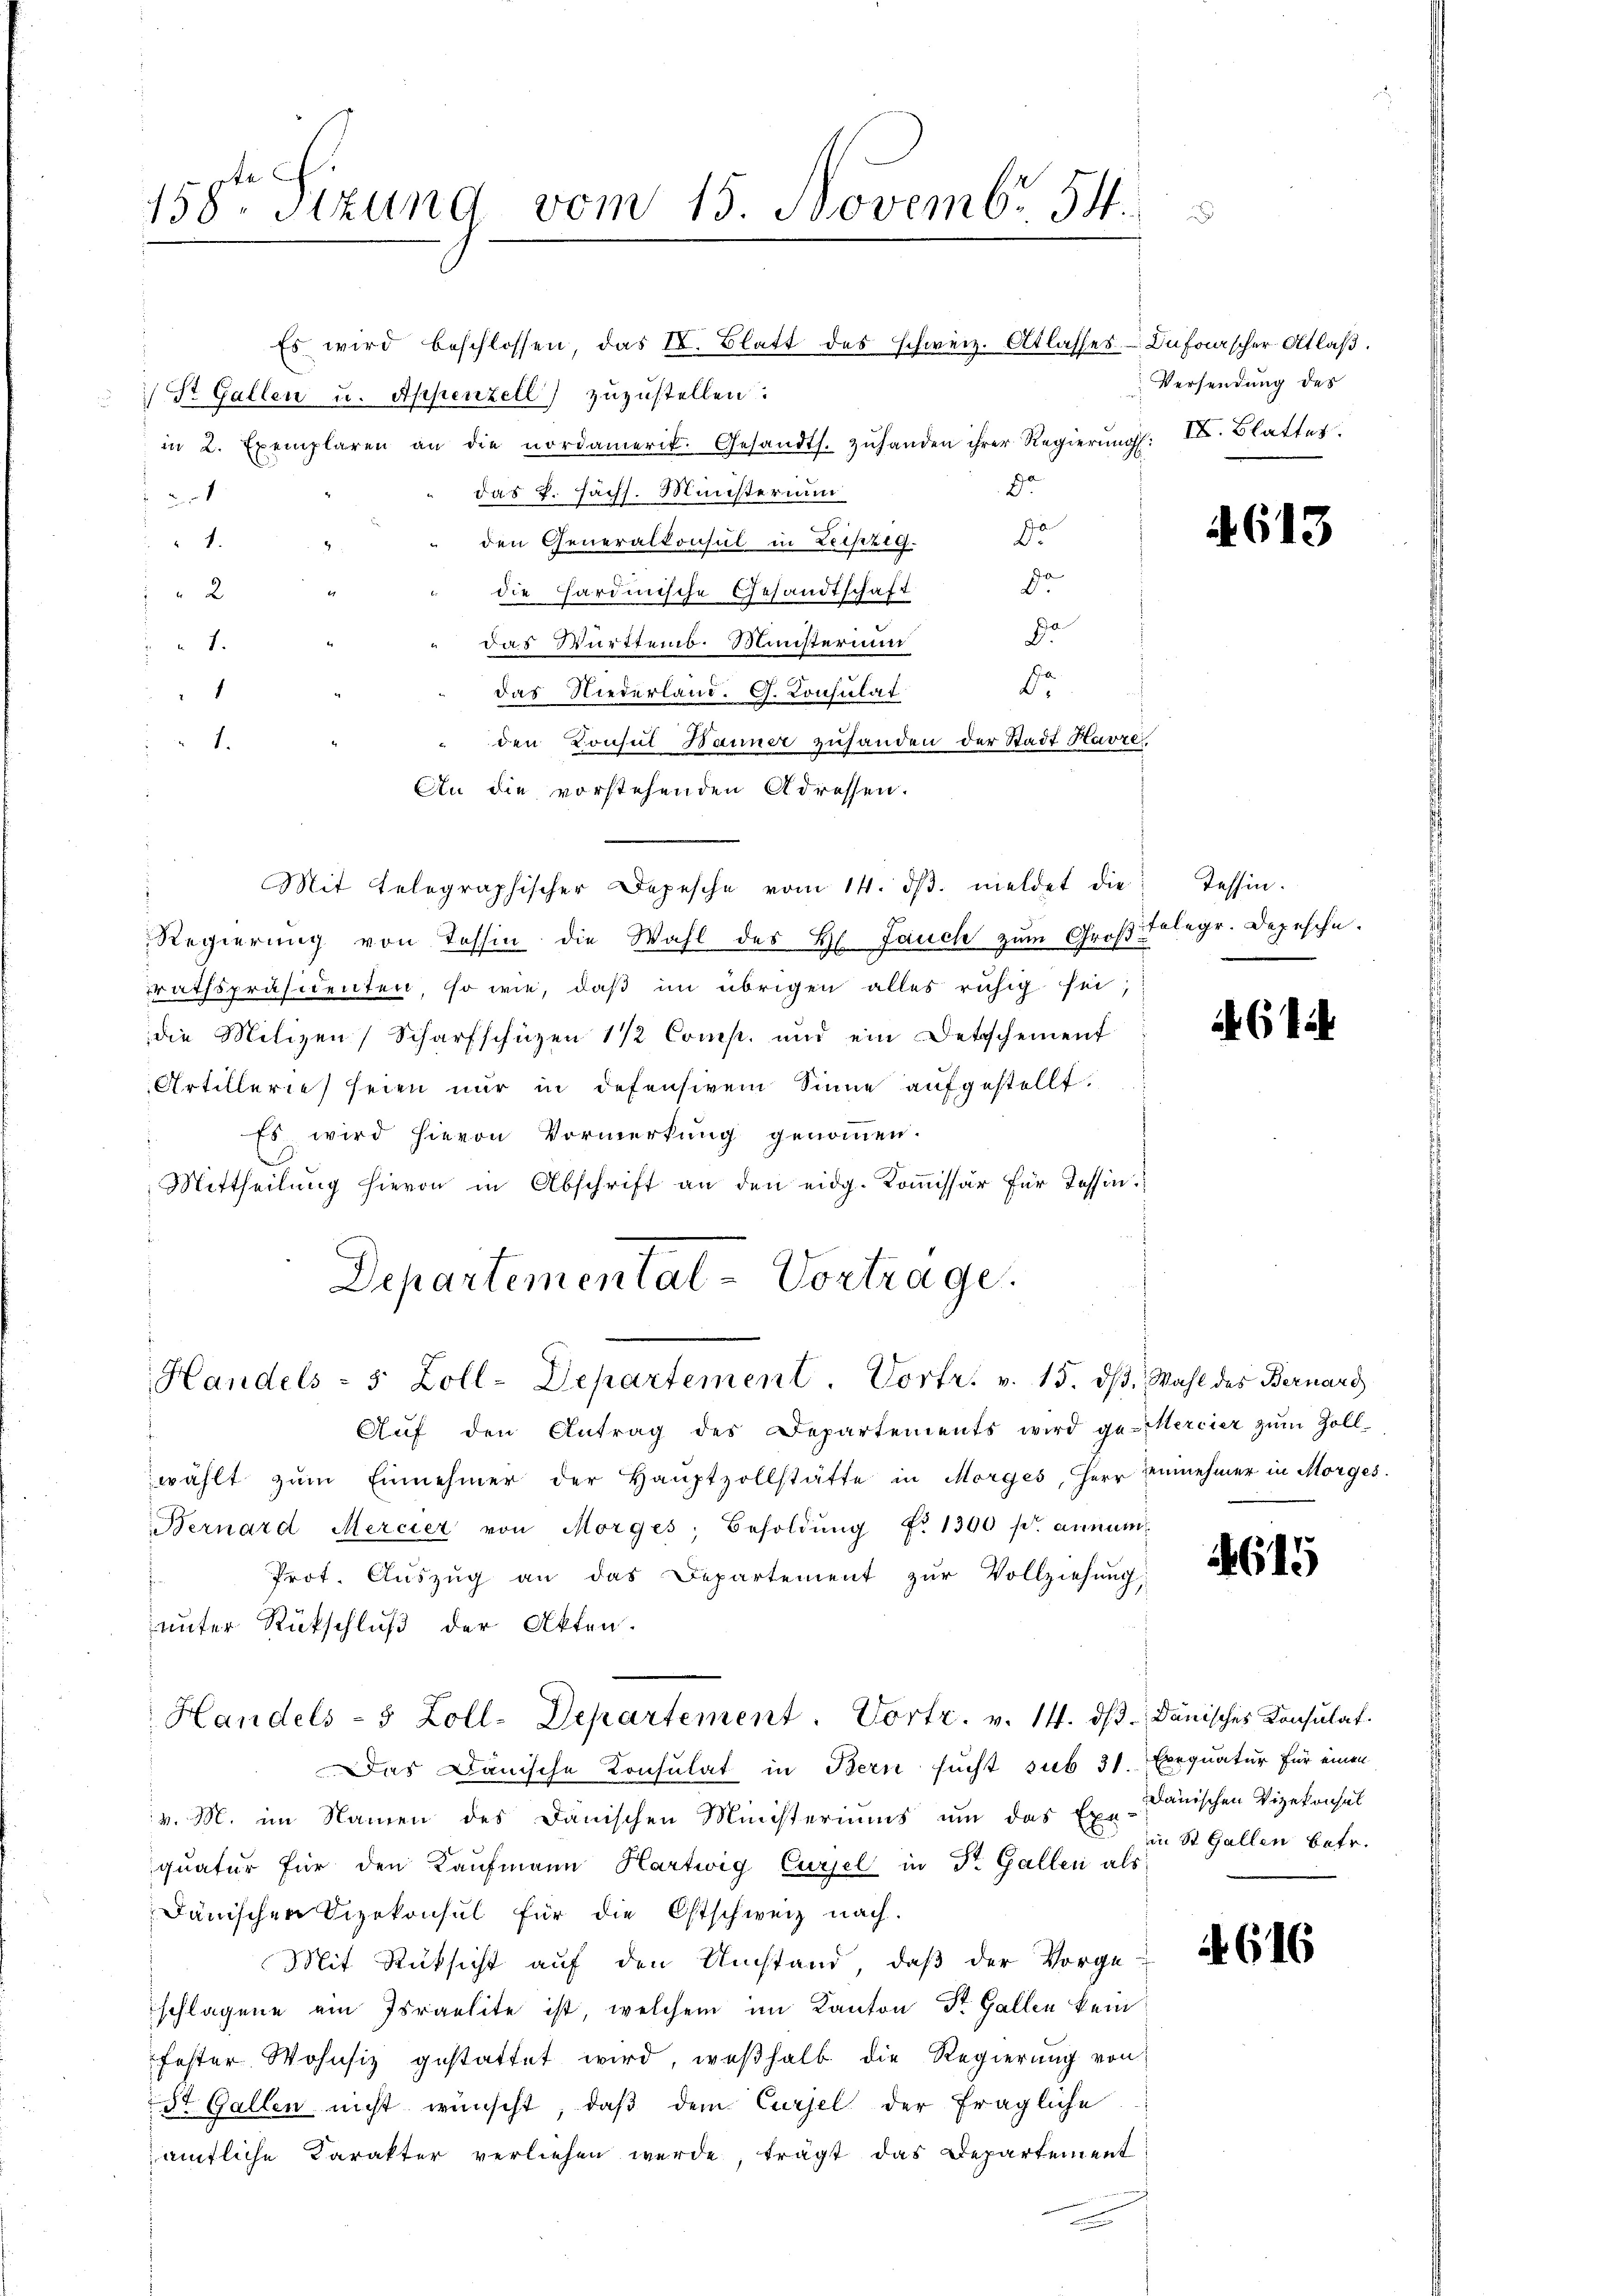
158ten Sizung vom 15. Novembr 54.

Es wird beschlossen, das IV. Blatt des schweiz. Atlasses Duforscher Altlaβ.
) St. Gallen u. Appenzell) zuzustellen.
in 2. Exemplaren an die nordamerit. Gesandts. zŭhanden ihrer Regierŭngs. II. Blatter.
d.
das P. Sächs. Ministerium
1
den Generalkonsul in Leipzig. 11t
1.
r
2
die Hardinische Gesandtschaft
.
r
 das Württemb. Ministerium
1.
e
1
das Niederland. G. Consulat
den Konsul Banner zufanden der Stadt Havre,
1.
An die vorstehenden Adressen.
" Mit telegraphischer Depesche vom 14. dβ. meldet die
Regierŭng von Tessin die Wahl des Hs. Jauch zum Groβ Telegr. Depesche.
rathspräsidenten, so wie, daß im übrigen alles ruhig sei,
die Milizen Scharfschüzen 1 1/2 Comp. und ein Dettscheinent
Artillerie seien nur in defensivem Sinne aufgestellt.
Es wird hievon Vormerkung genommen.
.
Mittheilung hievon in Abschrift an den eidg. Kommissär für Tessin.
Departementat-Vortrage.
Handels - 5 Zoll-Departement. Vortr. v. 15. ds. Wahl des Bernard
Aŭf den Antrag des Departements wird ge-Mercier zŭm Zoll-
wählt zŭm Einnehmer der Hauptzollstätte in Morges, Herr Einnehmer in Morges.
Bernard Mercier von Morges Besoldŭng No 1300 pr. annum
Prot. Auszug an das Departement zŭr Vollziehung,
unter Rückschluß der Akten.
Handels- 5 Zoll-Departement. Vortr. v. 14. dβ. Dänisches Konsulat
Das Dänische Konsulat in Bern sucht sub 31. Exequatur für einen
v. M. im Namen des Dänischen Ministeriums ŭm das Ex-danischen Vizekonsul
quatur für den Kaufmann Hartwig Cursel in Dr. Gallen als
Dänischen Vizekonsul für die Ostschweiz nach.
Mit Rücksicht auf den Umstand, daß der Vorge-
schlagene ein Israelite ist, welchem im Kanton Dr. Gallen kein
fester Wohnsiz gestattet wird, weßhalb die Regierung von
St. Gallen nicht wünscht, daß dem Cursel der fragliche
ämtliche Karakter verliehen werde, trägt das Departement
e

Versendung des

A. 613

Tessin.

61

4615

in St. Gallen betr.

4616